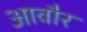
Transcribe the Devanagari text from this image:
आवौर